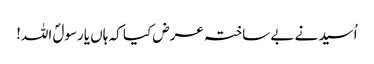
اُسید نے بے ساختہ عرض کیا کہ ہاں یارسولؐ اللہ!